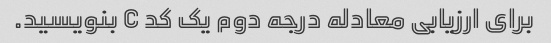
برای ارزیابی معادله درجه دوم یک کد C بنویسید.